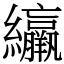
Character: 䌴